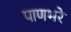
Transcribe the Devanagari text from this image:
पाणभरे